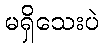
မရှိသေးပဲ